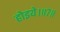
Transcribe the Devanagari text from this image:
होइये।॥७॥